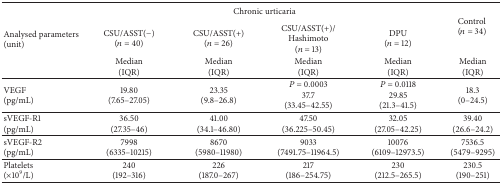
<table><thead><tr><td rowspan="3"><b>Analysed parameters (unit)</b></td><td colspan="4"><b>Chronic urticaria</b></td><td rowspan="2"><b>Control(<i>n</i> = 34)</b></td></tr><tr><td><b>CSU/ASST(−)(<i>n</i> = 40)</b></td><td><b>CSU/ASST(+) (<i>n</i> = 26)</b></td><td><b>CSU/ASST(+)/Hashimoto (<i>n</i> = 13)</b></td><td><b>DPU(<i>n</i> = 12)</b></td></tr><tr><td><b>Median (IQR)</b></td><td><b>Median (IQR)</b></td><td><b>Median (IQR)</b></td><td><b>Median (IQR)</b></td><td><b>Median (IQR)</b></td></tr></thead><tbody><tr><td>VEGF(pg/mL)</td><td>19.80(7.65–27.05)</td><td>23.35(9.8–26.8)</td><td><i>P</i> = 0.000337.7(33.45–42.55)</td><td><i>P</i> = 0.011829.85(21.3–41.5)</td><td>18.3(0–24.5)</td></tr><tr><td>sVEGF-R1 (pg/mL)</td><td>36.50(27.35–46)</td><td>41.00(34.1–46.80)</td><td>47.50(36.225–50.45)</td><td>32.05(27.05–42.25)</td><td>39.40(26.6–24.2)</td></tr><tr><td>sVEGF-R2 (pg/mL)</td><td>7998(6335–10215)</td><td>8670(5980–11980)</td><td>9033(7491.75–11964.5)</td><td>10076(6109–12973.5)</td><td>7536.5(5479–9295)</td></tr><tr><td>Platelets(×10<sup>9</sup>/L)</td><td>240(192–316)</td><td>226(187.0–267)</td><td>217(186–254.75)</td><td>230(212.5–265.5)</td><td>230.5(190–251)</td></tr></tbody></table>